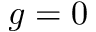
g = 0